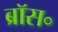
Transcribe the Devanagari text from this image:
ब्रॉस॰